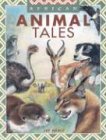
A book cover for African Animal Tales; Jay Heale; Children's Books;